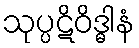
သုပ္ပဋိဝိဒ္ဓါနံ